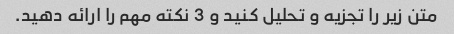
متن زیر را تجزیه و تحلیل کنید و 3 نکته مهم را ارائه دهید.